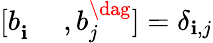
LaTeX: [{b}_{\mathbf{i}}^{\phantom{\dag}},{b}_{j}^{\dag}]=\delta_{\mathbf{i},j}